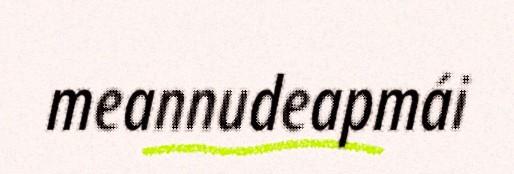
meannudeapmái